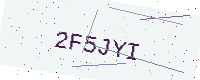
Text: 2F5JYI